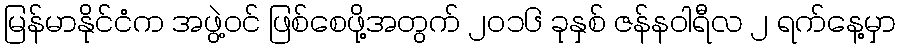
မြန်မာနိုင်ငံက အဖွဲ့ဝင် ဖြစ်စေဖို့အတွက် ၂၀၁၆ ခုနှစ် ဇန်နဝါရီလ ၂ ရက်နေ့မှာ